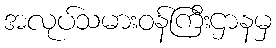
အလုပ်သမားဝန်ကြီးဌာနမှ